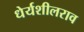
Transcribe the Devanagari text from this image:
धेर्यशीलराव